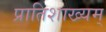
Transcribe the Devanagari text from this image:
प्रातिशाख्यम्